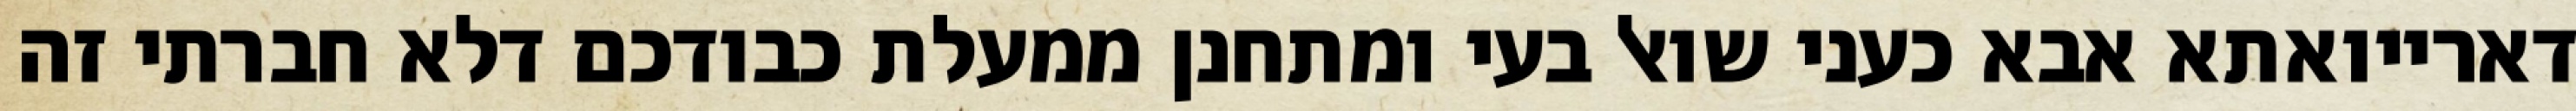
דארייואתא אבא כעני שואל בעי ומתחנן ממעלת כבודכם דלא חברתי זה